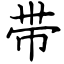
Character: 带